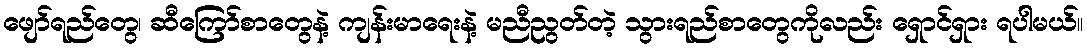
ဖျော်ရည်တွေ၊ ဆီကြော်စာတွေနဲ့ ကျန်းမာရေးနဲ့ မညီညွတ်တဲ့ သွားရည်စာတွေကိုလည်း ရှောင်ရှား ရပါမယ်။